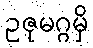
ဥဇုမဂ္ဂမှိ